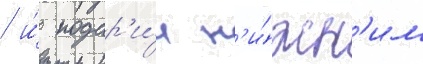
/ и́ подар'и́л н'и́жн'им